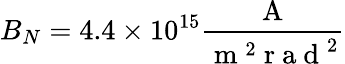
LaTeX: B_{N}=4.4\times 10^{15}\frac{\mathrm{~A~}}{\mathrm{~m~}^{2}\mathrm{~r~a~d~}^{2}}